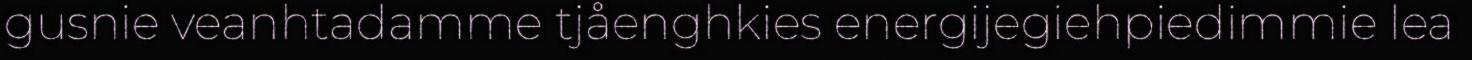
gusnie veanhtadamme tjåenghkies energijegiehpiedimmie lea